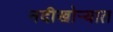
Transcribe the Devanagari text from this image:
नदीखोर्‍यात